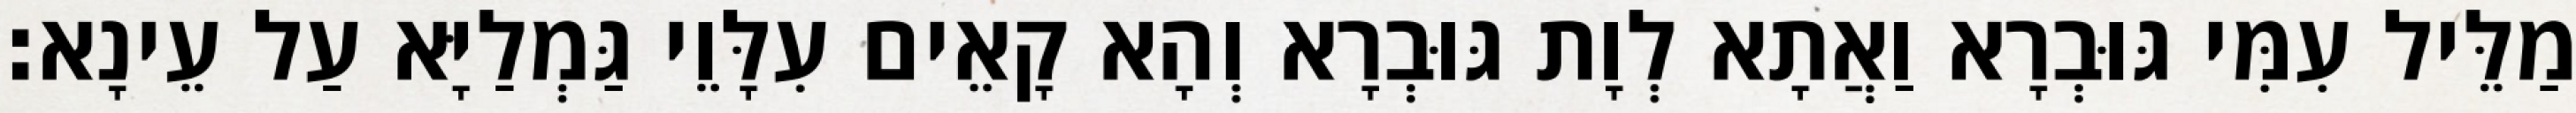
מַלֵּיל עִמִּי גּוּבְרָא וַאֲתָא לְוָת גּוּבְרָא וְהָא קָאֵים עִלָּוֵי גַּמְלַיָּא עַל עֵינָא׃